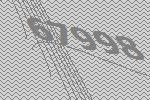
67998